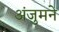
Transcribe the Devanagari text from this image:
अंजुमने